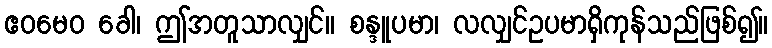
ဧဝမေဝ ခေါ၊ ဤအတူသာလျှင်။ စန္ဒူပမာ၊ လလျှင်ဥပမာရှိကုန်သည်ဖြစ်၍။